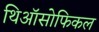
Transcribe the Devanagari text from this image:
थिऑसोफिकल